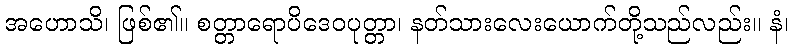
အဟောသိ၊ ဖြစ်၏။ စတ္တာရောပိဒေဝပုတ္တာ၊ နတ်သားလေးယောက်တို့သည်လည်း။ နံ၊